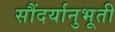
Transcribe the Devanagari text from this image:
सौंदर्यानुभूती